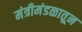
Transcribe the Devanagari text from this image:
मंत्रीमंडळातून